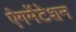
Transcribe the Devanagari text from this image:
ऐगमेंटेशन